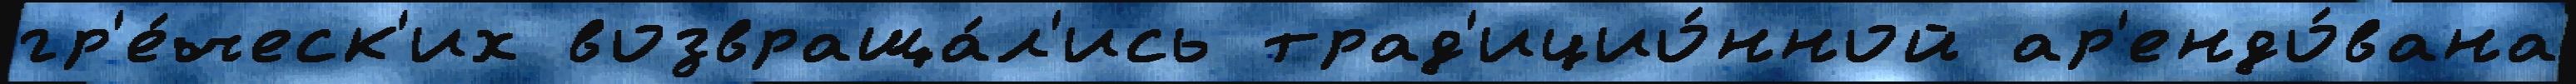
гр'е́ческ'их возвраща́л'ись трад'ицио́нной ар'ендо́вана